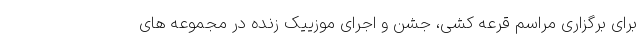
برای برگزاری مراسم قرعه کشی، جشن و اجرای موزییک زنده در مجموعه های